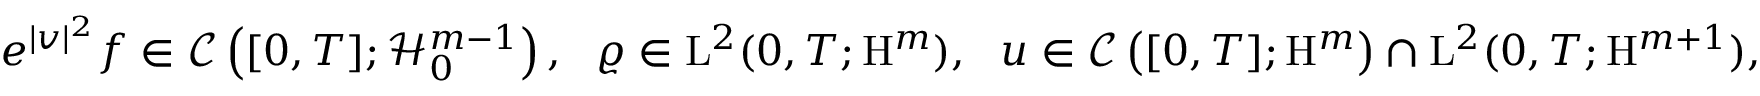
\begin{array} { r } { e ^ { \vert v \vert ^ { 2 } } f \in \mathscr { C } \left( [ 0 , T ] ; \mathcal { H } _ { 0 } ^ { m - 1 } \right) , \ \ \varrho \in \mathrm { L } ^ { 2 } ( 0 , T ; \mathrm { H } ^ { m } ) , \ \ u \in \mathscr { C } \left( [ 0 , T ] ; \mathrm { H } ^ { m } \right) \cap \mathrm { L } ^ { 2 } ( 0 , T ; \mathrm { H } ^ { m + 1 } ) , } \end{array}